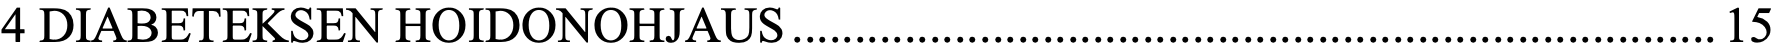
4 DIABETEKSEN HOIDONOHJAUS .......................................................................... 15